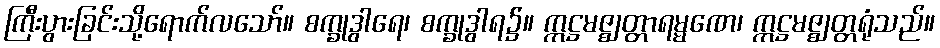
ကြီးပွားခြင်းသို့ရောက်လသော်။ စက္ခုဒွါရေ၊ စက္ခုဒွါရ၌။ ဣဋ္ဌမဇ္ဈတ္တာရမ္မဏေ၊ ဣဋ္ဌမဇ္ဈတ္တရုံသည်။